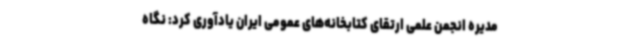
مدیره انجمن علمی ارتقای کتابخانه‌های عمومی ایران یادآوری کرد: نگاه